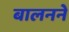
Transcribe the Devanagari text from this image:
बालनने